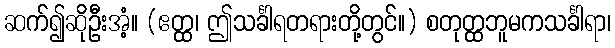
ဆက်၍ဆိုဦးအံ့။ (ဧတ္ထ၊ ဤသင်္ခါရတရားတို့တွင်။) စတုတ္ထဘူမကသင်္ခါရာ၊